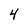
Character: 4